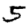
Digit: 5